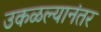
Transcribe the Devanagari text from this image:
उकळल्यानंतर